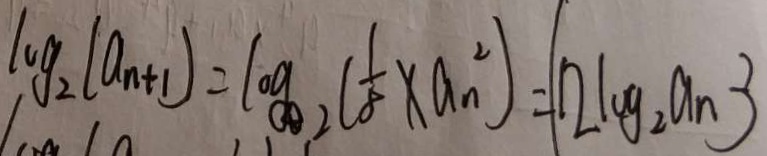
\log _ { 2 } ( a _ { n + 1 } ) = \log _ { 2 } ( \frac { 1 } { 8 } \times a _ { n } ^ { 2 } ) = 1 2 \log _ { 2 } a _ { n } - 3